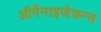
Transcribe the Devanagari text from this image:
ऑर्गेनाइजेशन्स